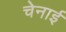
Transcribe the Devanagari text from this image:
चेनाई